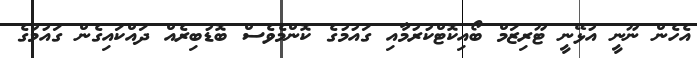
އެހެން ނޫނީ އުޅޭނީ ޓޫރިޒަމް ބޯއިކޮޓްކުރުމާއި ގައުމުގެ ކޮންމެވެސް ބޮޑުބިރެއް ދައްކައިގެން ގައުމުގެ